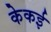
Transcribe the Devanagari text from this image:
केकई